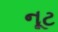
નૂટ